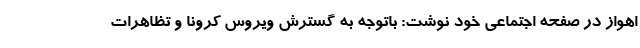
اهواز در صفحه اجتماعی خود نوشت: باتوجه به گسترش ویروس کرونا و تظاهرات